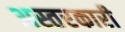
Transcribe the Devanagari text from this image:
अस्तरकारी